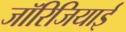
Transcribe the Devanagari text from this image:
जॉरिजियाई